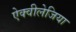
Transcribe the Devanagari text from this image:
ऐक्वीलेजिया